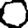
Digit: 0